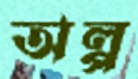
অল্প